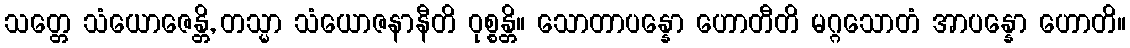
သတ္တေ သံယောဇေန္တိ, တသ္မာ သံယောဇနာနီတိ ဝုစ္စန္တိ။ သောတာပန္နော ဟောတီတိ မဂ္ဂသောတံ အာပန္နော ဟောတိ။